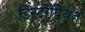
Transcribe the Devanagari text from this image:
डिस्टोपियन